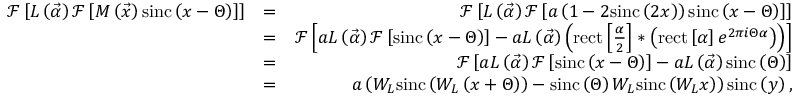
\begin{array} { r l r } { \mathcal { F } \left[ L \left( \vec { \alpha } \right) \mathcal { F } \left[ M \left( \vec { x } \right) \mathrm { s i n c } \left( x - \Theta \right) \right] \right] } & { = } & { \mathcal { F } \left[ L \left( \vec { \alpha } \right) \mathcal { F } \left[ a \left( 1 - 2 \mathrm { s i n c } \left( 2 x \right) \right) \mathrm { s i n c } \left( x - \Theta \right) \right] \right] } \\ & { = } & { \mathcal { F } \left[ a L \left( \vec { \alpha } \right) \mathcal { F } \left[ \mathrm { s i n c } \left( x - \Theta \right) \right] - a L \left( \vec { \alpha } \right) \left( \mathrm { r e c t } \left[ \frac { \alpha } { 2 } \right] \ast \left( \mathrm { r e c t } \left[ \alpha \right] e ^ { 2 \pi i \Theta \alpha } \right) \right) \right] } \\ & { = } & { \mathcal { F } \left[ a L \left( \vec { \alpha } \right) \mathcal { F } \left[ \mathrm { s i n c } \left( x - \Theta \right) \right] - a L \left( \vec { \alpha } \right) \mathrm { s i n c } \left( \Theta \right) \right] } \\ & { = } & { a \left( W _ { L } \mathrm { s i n c } \left( W _ { L } \left( x + \Theta \right) \right) - \mathrm { s i n c } \left( \Theta \right) W _ { L } \mathrm { s i n c } \left( W _ { L } x \right) \right) \mathrm { s i n c } \left( y \right) , } \end{array}